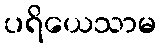
ပရိယေသာမ